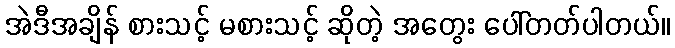
အဲဒီအချိန် စားသင့် မစားသင့် ဆိုတဲ့ အတွေး ပေါ်တတ်ပါတယ်။